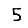
Digit: 5